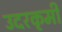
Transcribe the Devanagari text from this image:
उदरकृमी